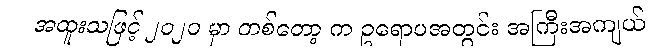
အထူးသဖြင့် ၂၀၂၀ မှာ တစ်တော့ က ဥရောပအတွင်း အကြီးအကျယ်